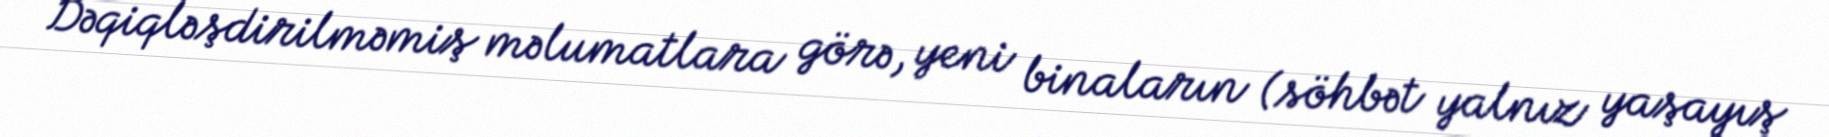
Dəqiqləşdirilməmiş məlumatlara görə, yeni binaların (söhbət yalnız yaşayış